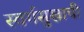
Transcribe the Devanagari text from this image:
स्वर्गसुखाची